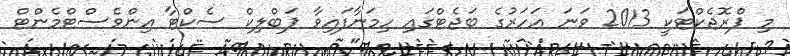
މި ޕްރޮޖެކްޓަކީ 2013 ވަނަ އަހަރުގެ ބަޖެޓްގައި ހިމަނާފައިވާ ޕަބްލިކް ސެކްޓާ އިންވެސްޓްމެންޓް